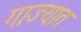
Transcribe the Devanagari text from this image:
गाज्यात